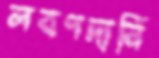
লবণদানি